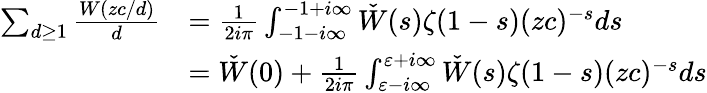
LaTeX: \begin{array}{rl}{\sum_{d\ge 1}\frac{W(zc/d)}{d}}&{=\frac{1}{2i\pi}\int_{-1-i\infty}^{-1+i\infty}\check{W}(s)\zeta(1-s)(zc)^{-s}ds}\\ &{=\check{W}(0)+\frac{1}{2i\pi}\int_{\varepsilon-i\infty}^{\varepsilon+i\infty}\check{W}(s)\zeta(1-s)(zc)^{-s}ds}\end{array}